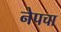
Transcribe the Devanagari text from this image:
नेपचा